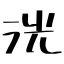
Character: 洸